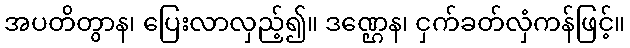
အပတိတွာန၊ ပြေးလာလှည့်၍။ ဒဏ္ဌေန၊ ငှက်ခတ်လှံကန်ဖြင့်။